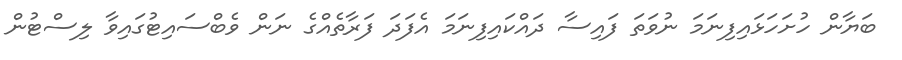
ބަޔާން ހުށަހަޅައިފިނަމަ ނުވަތަ ފައިސާ ދައްކައިފިނަމަ އެފަދަ ފަރާތެއްގެ ނަން ވެބްސައިޓުގައިވާ ލިސްޓުން